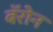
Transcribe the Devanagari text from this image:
बॅरोन